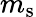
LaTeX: m_{\mathrm{s}}